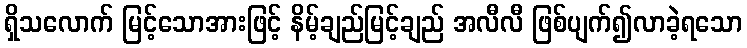
ရှိသလောက် မြင့်သောအားဖြင့် နိမ့်ချည်မြင့်ချည် အလီလီ ဖြစ်ပျက်၍လာခဲ့ရသော